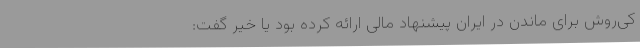
کی‌روش برای ماندن در ایران پیشنهاد مالی ارائه کرده بود یا خیر گفت: